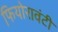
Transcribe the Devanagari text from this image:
फियोरावंटी